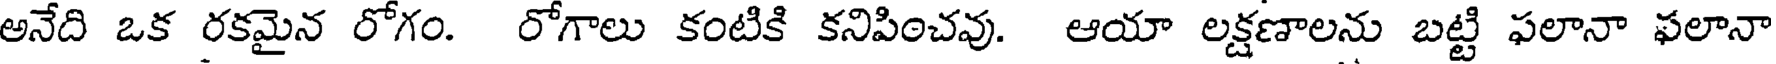
అనేది ఒక రకమైన రోగం. రోగాలు కంటికి కనిపించవు. ఆయా లక్షణాలను బట్టి ఫలానా ఫలానా